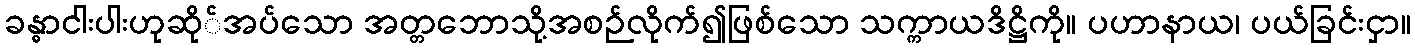
ခန္ဓာငါးပါးဟုဆို်အပ်သော အတ္တဘောသို့အစဉ်လိုက်၍ဖြစ်သော သက္ကာယဒိဋ္ဌိကို။ ပဟာနာယ၊ ပယ်ခြင်းငှာ။